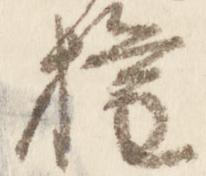
権